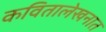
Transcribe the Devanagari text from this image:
कवितालेखनात